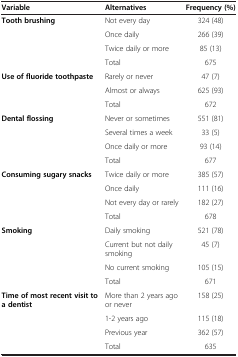
| Variable | Alternatives | Frequency (%) |
 | --- | --- | --- |
 | <ROWSPAN=3> Tooth brushing | Not every day | 324 (48) |
 | Once daily | 266 (39) |
 | Twice daily or more | 85 (13) |
 |  | Total | 675 |
 | <ROWSPAN=2> Use of fluoride toothpaste | Rarely or never | 47 (7) |
 | Almost or always | 625 (93) |
 |  | Total | 672 |
 | <ROWSPAN=3> Dental flossing | Never or sometimes | 551 (81) |
 | Several times a week | 33 (5) |
 | Once daily or more | 93 (14) |
 |  | Total | 677 |
 | <ROWSPAN=3> Consuming sugary snacks | Twice daily or more | 385 (57) |
 | Once daily | 111 (16) |
 | Not every day or rarely | 182 (27) |
 |  | Total | 678 |
 | <ROWSPAN=3> Smoking | Daily smoking | 521 (78) |
 | Current but not daily smoking | 45 (7) |
 | No current smoking | 105 (15) |
 |  | Total | 671 |
 | <ROWSPAN=3> Time of most recent visit to a dentist | More than 2 years ago or never | 158 (25) |
 | 1-2 years ago | 115 (18) |
 | Previous year | 362 (57) |
 |  | Total | 635 |